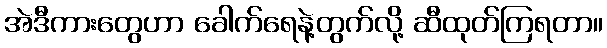
အဲဒီကားတွေဟာ ခေါက်ရေနဲ့တွက်လို့ ဆီထုတ်ကြရတာ။